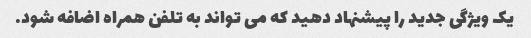
یک ویژگی جدید را پیشنهاد دهید که می تواند به تلفن همراه اضافه شود.